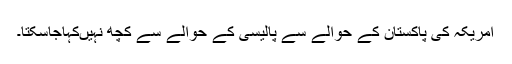
امریکہ کی پاکستان کے حوالے سے پالیسی کے حوالے سے کچھ نہیںکہاجاسکتا۔